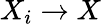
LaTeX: X_{i}\to X